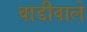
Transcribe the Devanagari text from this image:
वाडीवाले